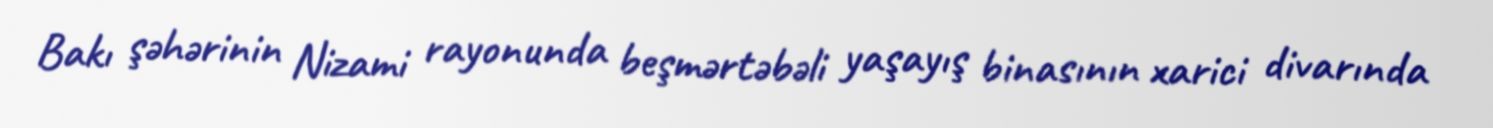
Bakı şəhərinin Nizami rayonunda beşmərtəbəli yaşayış binasının xarici divarında